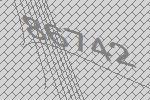
86742